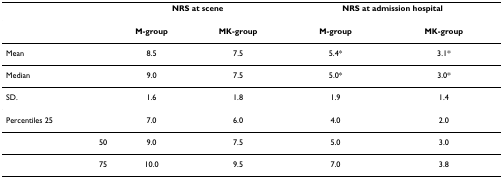
|  | <COLSPAN=2> NRS at scene | <COLSPAN=2> NRS at admission hospital |
 | --- | --- | --- | --- | --- |
 |  | M-group | MK-group | M-group | MK-group |
 | Mean | 8.5 | 7.5 | 5.4* | 3.1* |
 | Median | 9.0 | 7.5 | 5.0* | 3.0* |
 | SD. | 1.6 | 1.8 | 1.9 | 1.4 |
 | Percentiles 25 | 7.0 | 6.0 | 4.0 | 2.0 |
 | 50 | 9.0 | 7.5 | 5.0 | 3.0 |
 | 75 | 10.0 | 9.5 | 7.0 | 3.8 |